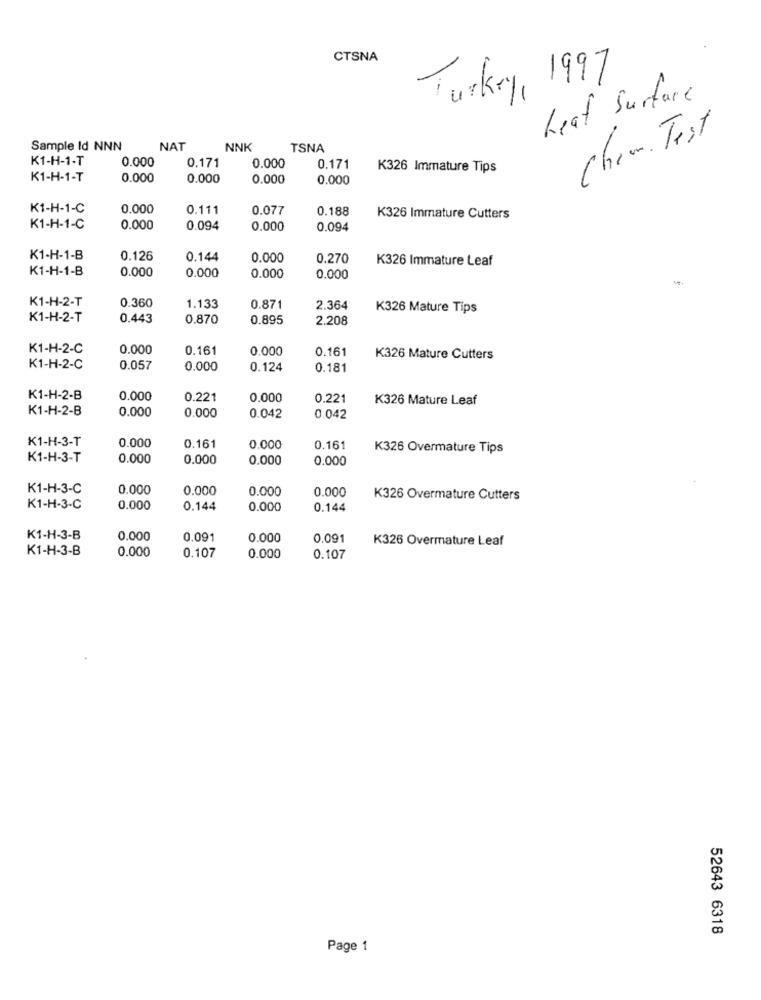
CTSNA
Turkey, 1997
Leaf Surfare
Chem. Test
Sample Id NNN
NAT
NNK
TSNA
K1-H-1-T
0.000
0.171
0.000
0.171
K326 Immature Tips
K1-H-1-T
0.000
0.000
0.000
0.000
K1-H-1-C
0.000
0.111
0.077
0.188
K326 Immature Cutters
K1-H-1-C
0.000
0.094
0.000
0.094
K1-H-1-B
0.126
0.144
0.000
0.270
K326 Immature Leaf
K1-H-1-B
0.000
0.000
0.000
0.000
K1-H-2-T
0.360
1.133
0.871
2.364
K326 Mature Tips
K1-H-2-T
0.443
0.870
0.895
2.208
K1-H-2-C
0.000
0.161
0.000
0.161
K326 Mature Cutters
K1-H-2-C
0.057
0.000
0.124
0.181
K1-H-2-B
0.000
0.221
0.000
0.221
K326 Mature Leaf
K1-H-2-B
0.000
0.000
0.042
0.042
K1-H-3-T
0,000
0.161
0.000
0.161
K326 Overmature Tips
K1-H-3-T
0.000
0.000
0.000
0.000
K1-H-3-C
0.000
0.000
0.000
0.000
K326 Overmature Cutters
K1-H-3-C
0.000
0.144
0.000
0.144
K1-H-3-B
0.000
0.091
0.000
0.091
K326 Overmature Leaf
K1-H-3-B
0.000
0.107
0.000
0.107
52643 6318
Page 1